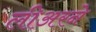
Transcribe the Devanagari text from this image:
लीअरने